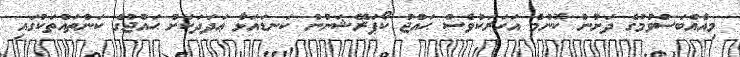
މިއެއްބަސްވުމުގެ ދަށުން ކޮންމެ އަހަރަކުވެސް ޙައްޖު ކޯޕަރޭޝަނުން ކަނޑައަޅާ ޢަދަދަކަށް ޙައްޖުގެ ކަންތައްތަކުގައި